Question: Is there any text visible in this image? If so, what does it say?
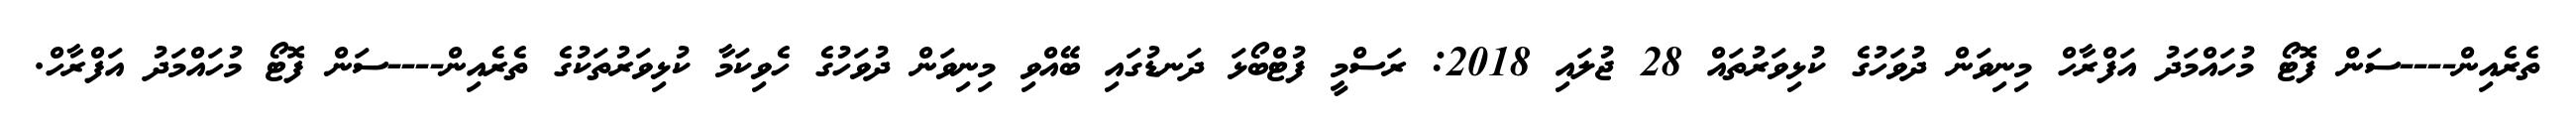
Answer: ތެރެއިން----ސަން ފޮޓޯ މުހައްމަދު އަފްރާހް މިނިވަން ދުވަހުގެ ކުޅިވަރުތައް 28 ޖުލައި 2018: ރަސްމީ ފުޓްބޯޅަ ދަނޑުގައި ބޭއްވި މިނިވަން ދުވަހުގެ ހެވިކަމާ ކުޅިވަރުތަކުގެ ތެރެއިން----ސަން ފޮޓޯ މުހައްމަދު އަފްރާހް.